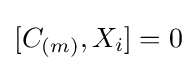
[C_{(m)},X_{i}]=0